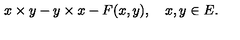
x \times y - y \times x - F ( x , y ) , \quad x , y \in E .